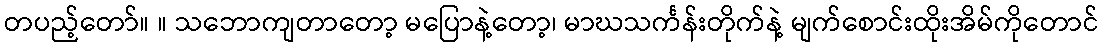
တပည့်တော်။ ။ သဘောကျတာတော့ မပြောနဲ့တော့၊ မာဃသင်္ကန်းတိုက်နဲ့ မျက်စောင်းထိုးအိမ်ကိုတောင်